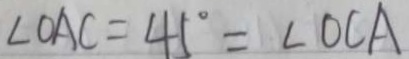
\angle O A C = 4 5 ^ { \circ } = \angle O C A